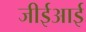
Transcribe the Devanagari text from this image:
जीईआई